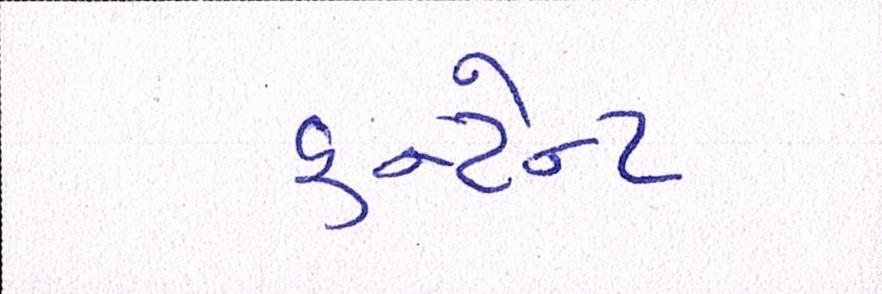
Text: કન્ટેન્ટ